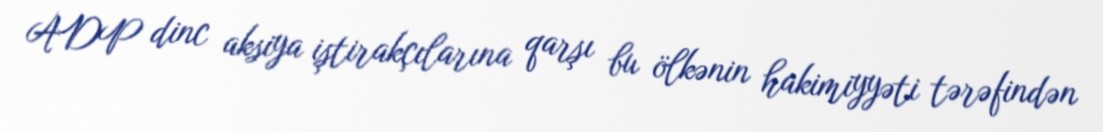
ADP dinc aksiya iştirakçılarına qarşı bu ölkənin hakimiyyəti tərəfindən